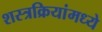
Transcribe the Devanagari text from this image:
शस्त्रक्रियांमध्ये